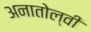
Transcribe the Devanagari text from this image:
अनातोल्वी